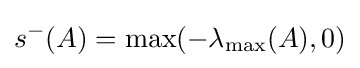
s^{-}(A)=\max(-\lambda _{\max }(A),0)